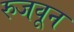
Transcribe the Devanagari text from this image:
रुजवून